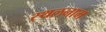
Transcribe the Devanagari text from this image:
स्थलनाम